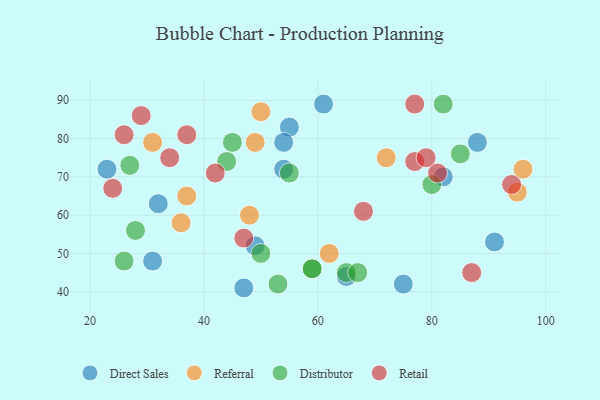
{"axis": {"x": "GDP", "y": "Life Expectancy"}, "legend": ["Direct Sales", "Distributor", "Referral", "Retail"], "data": [{"x": "75", "y": 42, "type": "Direct Sales"}, {"x": "49", "y": 52, "type": "Direct Sales"}, {"x": "55", "y": 83, "type": "Direct Sales"}, {"x": "32", "y": 63, "type": "Direct Sales"}, {"x": "23", "y": 72, "type": "Direct Sales"}, {"x": "65", "y": 44, "type": "Direct Sales"}, {"x": "88", "y": 79, "type": "Direct Sales"}, {"x": "91", "y": 53, "type": "Direct Sales"}, {"x": "47", "y": 41, "type": "Direct Sales"}, {"x": "82", "y": 70, "type": "Direct Sales"}, {"x": "54", "y": 79, "type": "Direct Sales"}, {"x": "61", "y": 89, "type": "Direct Sales"}, {"x": "54", "y": 72, "type": "Direct Sales"}, {"x": "31", "y": 48, "type": "Direct Sales"}, {"x": "96", "y": 72, "type": "Referral"}, {"x": "49", "y": 79, "type": "Referral"}, {"x": "48", "y": 60, "type": "Referral"}, {"x": "37", "y": 65, "type": "Referral"}, {"x": "95", "y": 66, "type": "Referral"}, {"x": "62", "y": 50, "type": "Referral"}, {"x": "72", "y": 75, "type": "Referral"}, {"x": "36", "y": 58, "type": "Referral"}, {"x": "50", "y": 87, "type": "Referral"}, {"x": "31", "y": 79, "type": "Referral"}, {"x": "80", "y": 68, "type": "Distributor"}, {"x": "82", "y": 89, "type": "Distributor"}, {"x": "50", "y": 50, "type": "Distributor"}, {"x": "59", "y": 46, "type": "Distributor"}, {"x": "53", "y": 42, "type": "Distributor"}, {"x": "55", "y": 71, "type": "Distributor"}, {"x": "27", "y": 73, "type": "Distributor"}, {"x": "45", "y": 79, "type": "Distributor"}, {"x": "65", "y": 45, "type": "Distributor"}, {"x": "26", "y": 48, "type": "Distributor"}, {"x": "67", "y": 45, "type": "Distributor"}, {"x": "59", "y": 46, "type": "Distributor"}, {"x": "28", "y": 56, "type": "Distributor"}, {"x": "44", "y": 74, "type": "Distributor"}, {"x": "85", "y": 76, "type": "Distributor"}, {"x": "81", "y": 71, "type": "Retail"}, {"x": "42", "y": 71, "type": "Retail"}, {"x": "34", "y": 75, "type": "Retail"}, {"x": "26", "y": 81, "type": "Retail"}, {"x": "68", "y": 61, "type": "Retail"}, {"x": "37", "y": 81, "type": "Retail"}, {"x": "77", "y": 74, "type": "Retail"}, {"x": "94", "y": 68, "type": "Retail"}, {"x": "47", "y": 54, "type": "Retail"}, {"x": "87", "y": 45, "type": "Retail"}, {"x": "29", "y": 86, "type": "Retail"}, {"x": "79", "y": 75, "type": "Retail"}, {"x": "77", "y": 89, "type": "Retail"}, {"x": "24", "y": 67, "type": "Retail"}]}